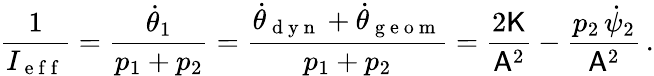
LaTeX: \frac{1}{I_{\mathrm{~e~f~f~}}}=\frac{\dot{\theta}_{1}}{p_{1}+p_{2}}=\frac{\dot{\theta}_{\mathrm{~d~y~n~}}+\dot{\theta}_{\mathrm{~g~e~o~m~}}}{p_{1}+p_{2}}=\frac{2\mathsf{K}}{\mathsf{A}^{2}}-\frac{p_{2}\, \dot{\psi}_{2}}{\mathsf{A}^{2}}\, .